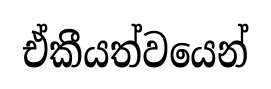
ඒකීයත්වයෙන්